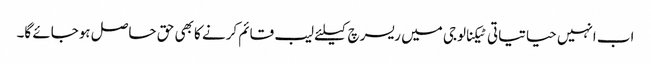
اب انہیں حیاتیاتی ٹیکنالوجی میں ریسرچ کیلئے لیب قائم کرنے کا بھی حق حاصل ہوجائے گا۔